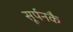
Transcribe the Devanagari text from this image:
सूर्पनकै